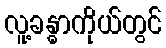
လူ့ခန္ဓာကိုယ်တွင်